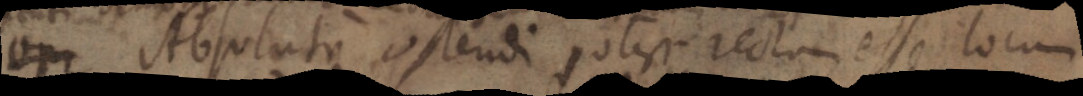
op Absoluti ostendi, potest rectam esse locum